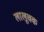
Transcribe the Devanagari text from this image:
लालूचक